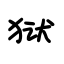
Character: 狱